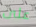
على